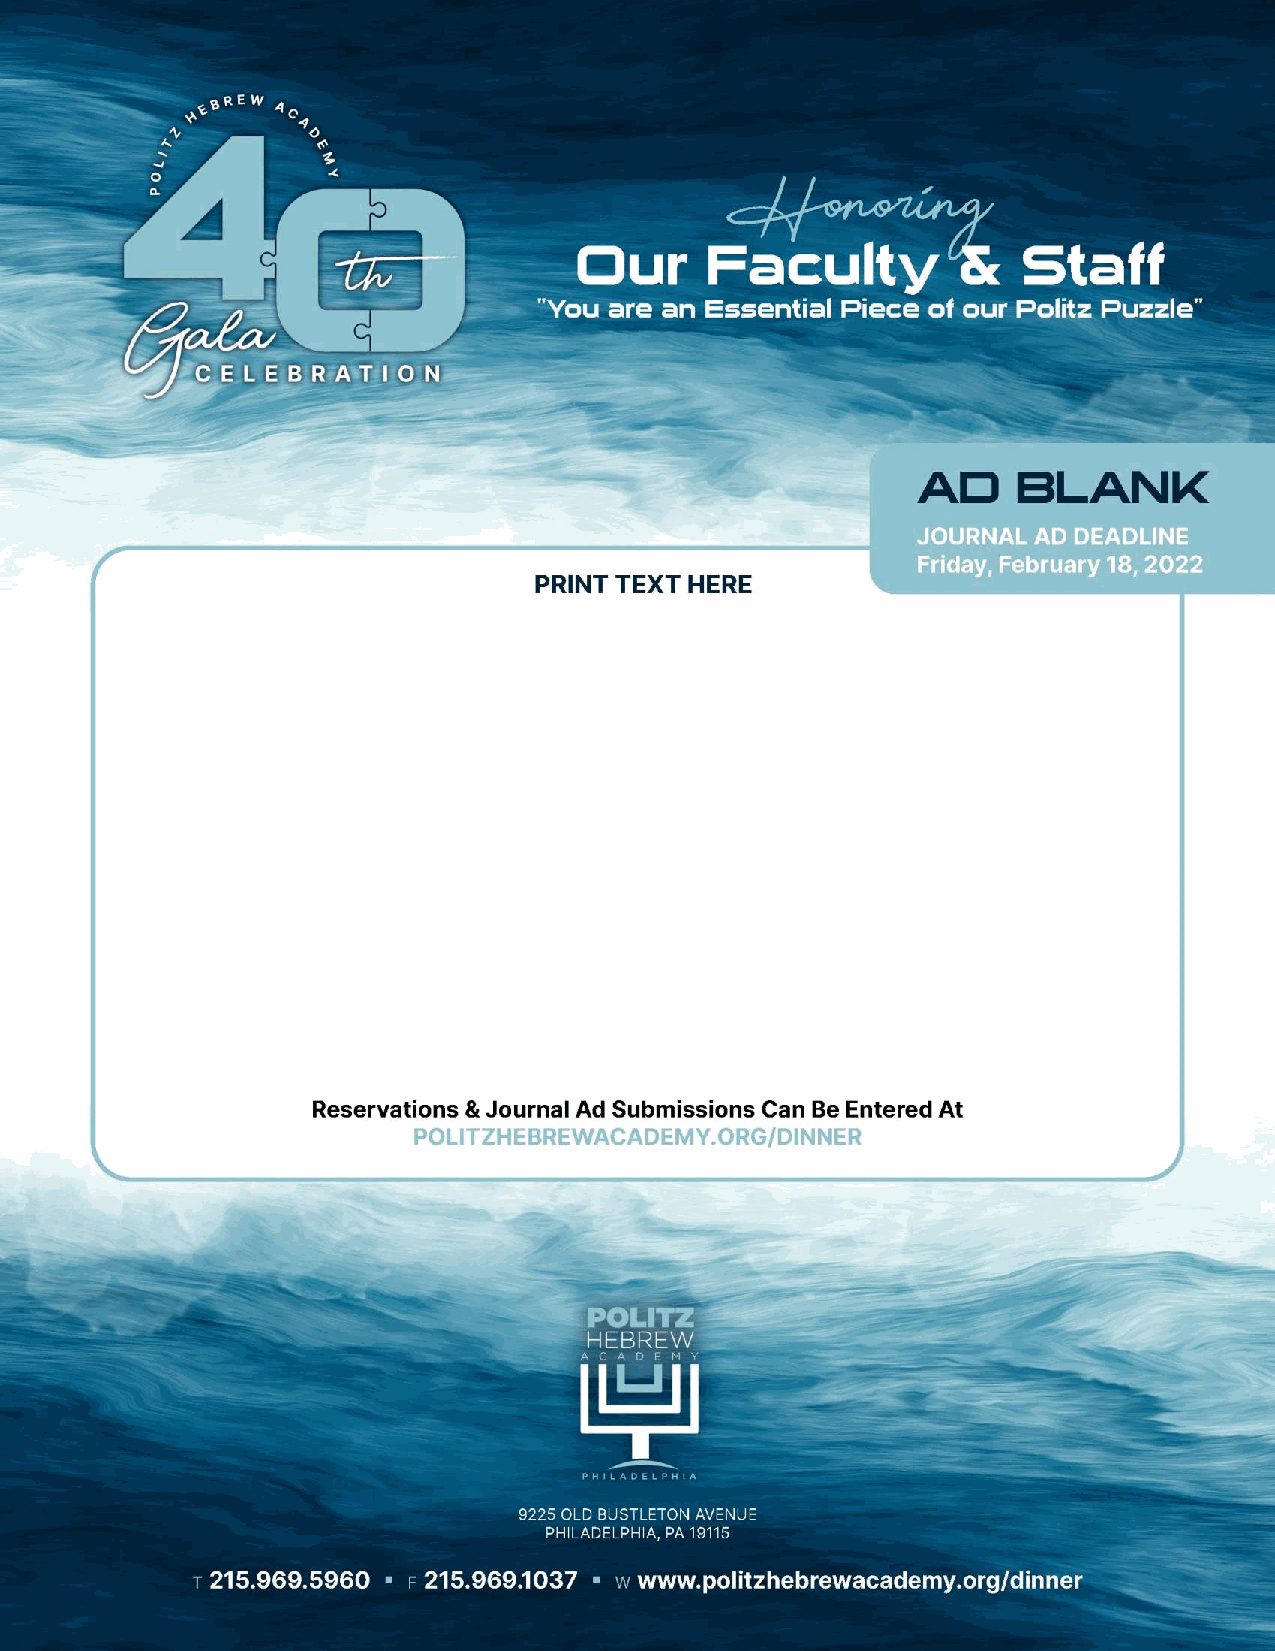
REFLECTIONS                                    ד"סב
 LEARNING   TORAH,  LOVING  TORAH,  LIVING TORAH